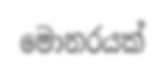
මොනරයක්